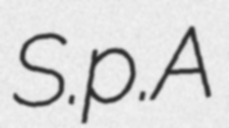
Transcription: S.p.A